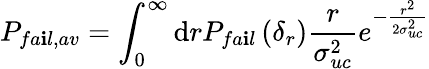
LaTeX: P_{fa\mathbf{i}l,av}=\int_{0}^{\infty}\mathrm{d}rP_{fa\mathbf{i}l}\left(\delta_{r}\right)\frac{{r}}{{\sigma_{uc}^{2}}}e^{-\frac{{r^{2}}}{{2\sigma_{uc}^{2}}}}